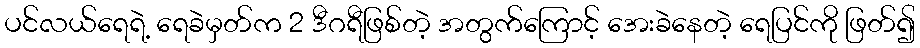
ပင်လယ်ရေရဲ့ ရေခဲမှတ်က 2 ဒီဂရီဖြစ်တဲ့ အတွက်ကြောင့် အေးခဲနေတဲ့ ရေပြင်ကို ဖြတ်၍